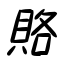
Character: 賂